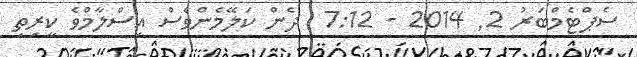
ސެޕްޓެމްބަރު 2